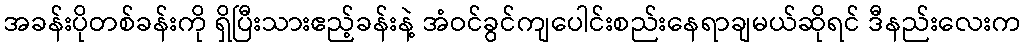
အခန်းပိုတစ်ခန်းကို ရှိပြီးသားဧည့်ခန်းနဲ့ အံဝင်ခွင်ကျပေါင်းစည်းနေရာချမယ်ဆိုရင် ဒီနည်းလေးက